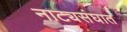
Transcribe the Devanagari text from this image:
नाट्यसंघात